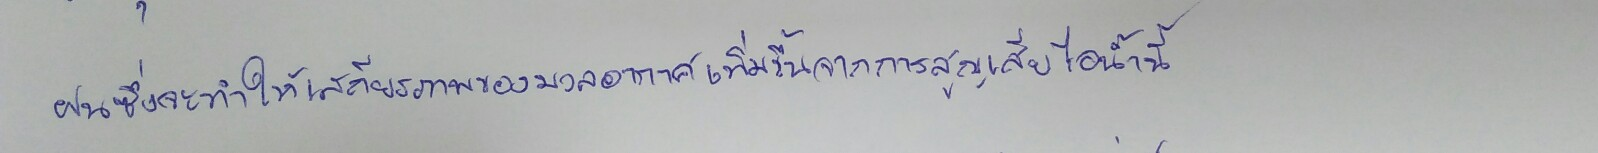
ฝนซึ่งจะทำให้เสถียรภาพของมวลอากาศเพิ่มขึ้นจากการสูญเสียไอน้ำนี้